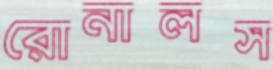
রোনালস